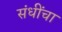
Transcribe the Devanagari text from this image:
संधींचा